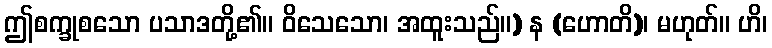
ဤစက္ခုစသော ပသာဒတို့၏။ ဝိသေသော၊ အထူးသည်။) န (ဟောတိ)၊ မဟုတ်။ ဟိ၊